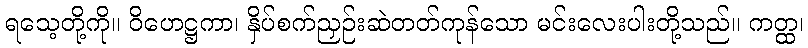
ရသေ့တို့ကို။ ဝိဟေဋ္ဌကာ၊ နှိပ်စက်ညှဉ်းဆဲတတ်ကုန်သော မင်းလေးပါးတို့သည်။ ကတ္ထ၊